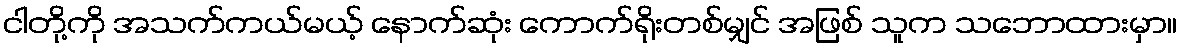
ငါတို့ကို အသက်ကယ်မယ့် နောက်ဆုံး ကောက်ရိုးတစ်မျှင် အဖြစ် သူက သဘောထားမှာ။